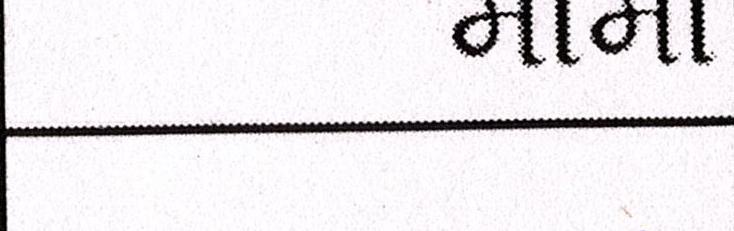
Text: મામા